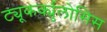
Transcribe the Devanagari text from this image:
ट्यूकर्क्युलोसिस